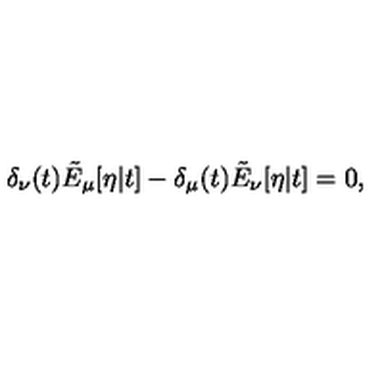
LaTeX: \delta _ { \nu } ( t ) \tilde { E } _ { \mu } [ \eta | t ] - \delta _ { \mu } ( t ) \tilde { E } _ { \nu } [ \eta | t ] = 0 ,